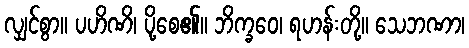
လျှင်စွာ။ ပဟိဏိ၊ ပို့စေ၏။ ဘိက္ခဝေ၊ ရဟန်းတို့။ သေဘဏာ၊